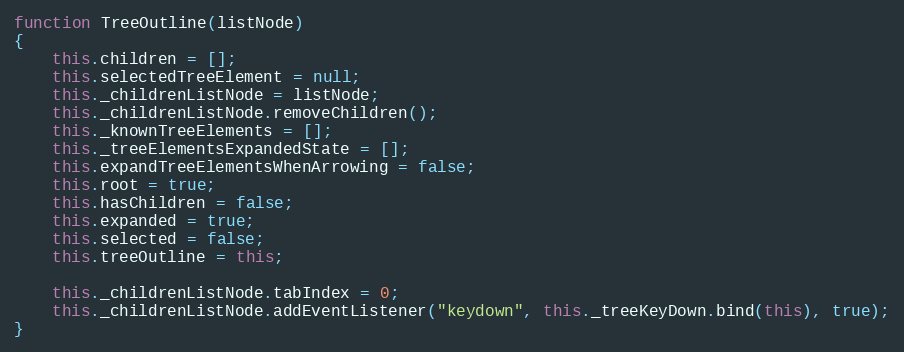
Language: JavaScript
function TreeOutline(listNode)
{
    this.children = [];
    this.selectedTreeElement = null;
    this._childrenListNode = listNode;
    this._childrenListNode.removeChildren();
    this._knownTreeElements = [];
    this._treeElementsExpandedState = [];
    this.expandTreeElementsWhenArrowing = false;
    this.root = true;
    this.hasChildren = false;
    this.expanded = true;
    this.selected = false;
    this.treeOutline = this;

    this._childrenListNode.tabIndex = 0;
    this._childrenListNode.addEventListener("keydown", this._treeKeyDown.bind(this), true);
}